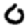
Digit: 0